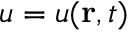
u = u ( \mathbf { r } , t )